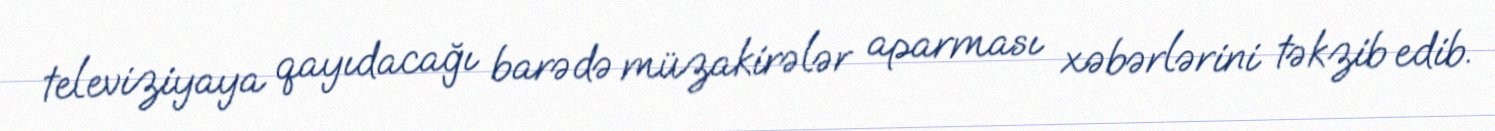
televiziyaya qayıdacağı barədə müzakirələr aparması xəbərlərini təkzib edib.